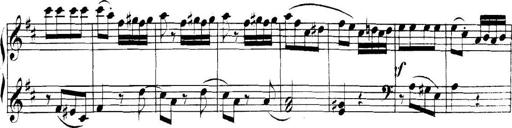
Title: Collected Piano Sonatas
Composer: Muzio Clementi